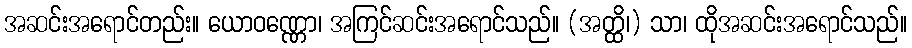
အဆင်းအရောင်တည်း။ ယောဝဏ္ဏော၊ အကြင်ဆင်းအရောင်သည်။ (အတ္ထိ၊) သာ၊ ထိုအဆင်းအရောင်သည်။